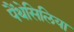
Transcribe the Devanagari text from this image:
पैंथेसिलिया